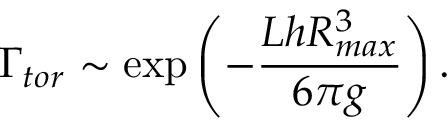
\Gamma _ { t o r } \sim \exp \left( - { \frac { L h R _ { m a x } ^ { 3 } } { 6 \pi g } } \right) .